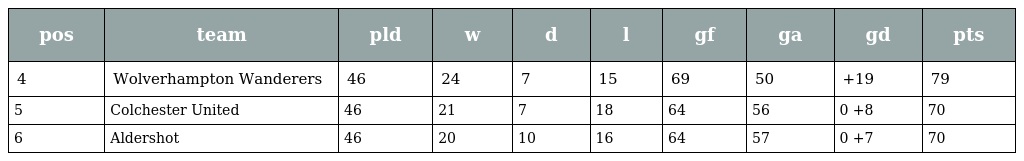
| pos | team | pld | w | d | l | gf | ga | gd | pts |
 | --- | --- | --- | --- | --- | --- | --- | --- | --- | --- |
 | 4 | Wolverhampton Wanderers | 46 | 24 | 7 | 15 | 69 | 50 | +19 | 79 |
 | 5 | Colchester United | 46 | 21 | 7 | 18 | 64 | 56 | 0 +8 | 70 |
 | 6 | Aldershot | 46 | 20 | 10 | 16 | 64 | 57 | 0 +7 | 70 |